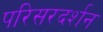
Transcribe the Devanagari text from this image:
परिसरदर्शन